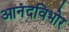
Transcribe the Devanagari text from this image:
आनंदविभोर